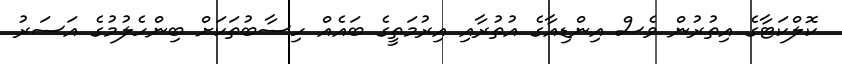
ކޮލްކަޓާގެ އިތުރުން ވެސް އިންޑިއާގެ އުތުރާއި އިރުމަތީގެ ބައެއް ހިސާބުތަކަށް ބިންހެލުމުގެ އަސަރު